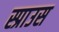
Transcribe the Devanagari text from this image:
स्प्राउस